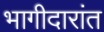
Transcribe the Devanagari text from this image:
भागीदारांत